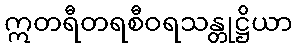
ဣတရီတရစီဝရသန္တုဋ္ဌိယာ